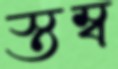
স্তম্ব